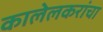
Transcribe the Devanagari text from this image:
कालेलकरांचा